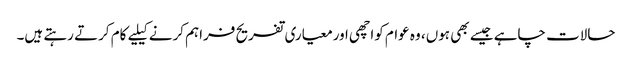
حالات چاہے جیسے بھی ہوں، وہ عوام کواچھی اورمعیاری تفریح فراہم کرنے کیلیے کام کرتے رہتے ہیں۔